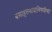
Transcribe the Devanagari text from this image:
वसाहतवादाविषयीची